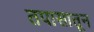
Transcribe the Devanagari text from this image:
तपासातून